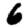
Digit: 6